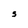
Character: S